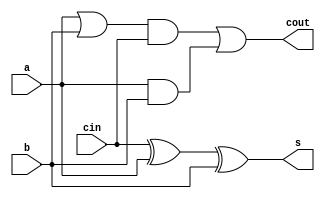
`timescale 1ns / 1ps
//////////////////////////////////////////////////////////////////////////////////
// Company: 
// Engineer: 
// 
// Design Name: 
// Module Name:    full_adder 
// Project Name: 
// Target Devices: 
// Tool versions: 
// Description: 
//
// Dependencies: 
//
// Revision: 
// Revision 0.01 - File Created
// Additional Comments: 
//
//////////////////////////////////////////////////////////////////////////////////
 module full_adder(
    input a,
    input b,
    input cin,
    output cout,
    output s
    );
	assign cout = ((a|b)&cin)|(a&b);
	xor x1(s,cin,a,b);
	
endmodule